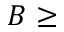
B \geq